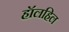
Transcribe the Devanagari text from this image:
हॉलहिल